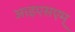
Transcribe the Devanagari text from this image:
आइएसएम्